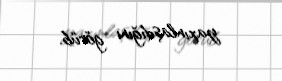
yaxınlaşdığını görüb.